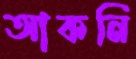
আকনি